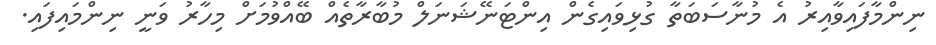
ނިންމާފައިވާއިރު އެ މުނާސަބަތާ ގުޅިވައިގެން އިންޓަނޭޝަނަލް މުބާރާތެއް ބޭއްވުމަށް މިހާރު ވަނީ ނިންމައިފައި.